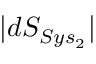
| d S _ { S y s _ { 2 } } |